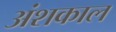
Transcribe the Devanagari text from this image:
अंशकाल